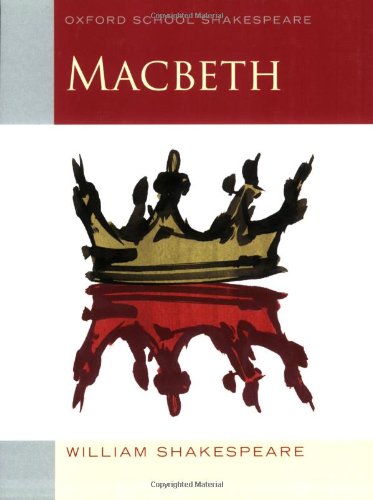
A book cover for Macbeth: Oxford School Shakespeare (Oxford School Shakespeare Series); William Shakespeare; Literature & Fiction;